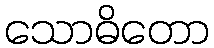
သောဓိတော